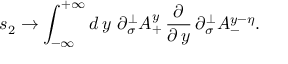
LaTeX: s _ { 2 } \rightarrow \int _ { - \infty } ^ { + \infty } d \, y \, \, \partial _ { \sigma } ^ { \perp } A _ { + } ^ { y } \, \frac \partial { \partial \, y } \, \partial _ { \sigma } ^ { \perp } A _ { - } ^ { y - \eta } .